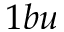
1 b u